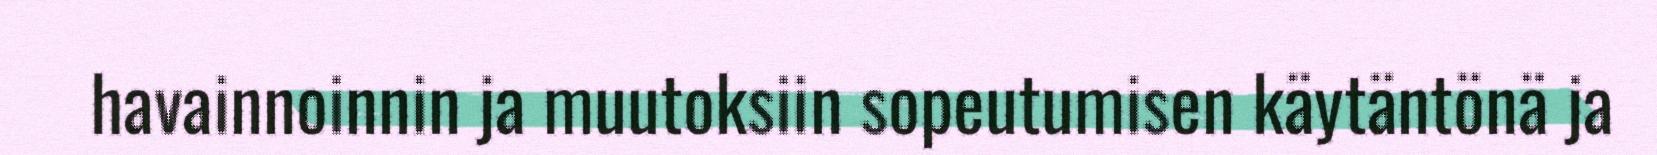
havainnoinnin ja muutoksiin sopeutumisen käytäntönä ja